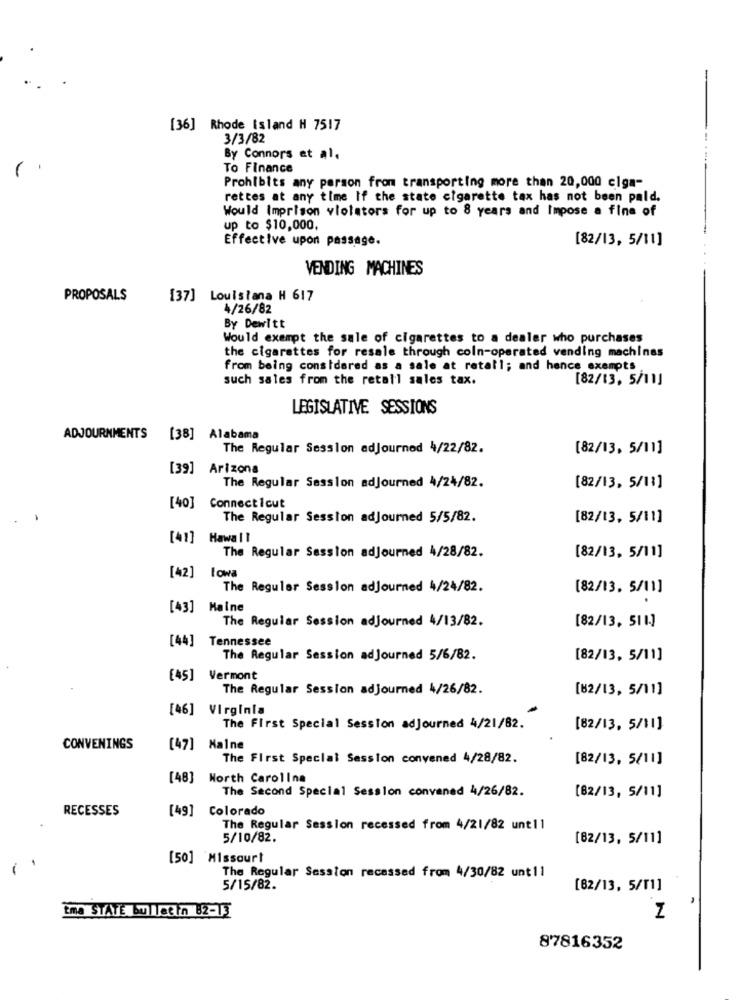
-
[36] Rhode island H 7517
3/3/82
By Connors et al.
To Finance
Prohibits any person from transporting more than 20,000 elga-
rettes at any time If the state cigarette tax has not been pald.
Would Imprison violators for up to 8 years and Impose a fine of
up to $10,000.
Effective upon passage.
[82/13, 5/11]
VENDING MACHINES
PROPOSALS
[37] Louisiana H 617
4/26/82
By Dewitt
Would exempt the sale of cigarettes to a dealer who purchases
the cigarettes for resale through coin-operated vending machines
from being considered as a sale at retall; and hence exempts
such sales from the retail sales tax.
[82/13, 5/11]
LEGISLATIVE SESSIONS
ADJOURNMENTS
[38] Alabama
The Regular Session adjourned 4/22/82.
[82/13, 5/11]
[39] Arizona
The Regular Session adjourned 4/24/82.
[82/13. 5/11]
[40]
Connecticut
The Regular Session adjourned 5/5/82.
[82/13, 5/11]
[41] Hawall
The Regular Session adjourned 4/28/82.
[82/13, 5/11]
[42] towa
The Regular Session adjourned 4/24/82.
[82/13. 5/11]
[43] Maine
The Regular Session adjourned 4/13/82.
[82/13, 511.]
[44] Tennessee
The Regular Session adjourned 5/6/82.
[82/13, 5/11]
[45] Vermont
The Regular Session adjourned 4/26/82.
[82/13, 5/11]
[46] Virginia
The First Special Session adjourned 4/21/82.
[82/13. 5/11]
CONVENINGS
[47] Malne
The First Special Session convened 4/28/82.
[82/13, 5/11]
[48] North Carolina
The Second Special Session convened 4/26/82.
[82/13, 5/11]
RECESSES
[49] Colorado
The Regular Session recessed from 4/21/82 unt11
5/10/82.
[82/13, 5/11]
[50] 'Missourt
The Regular Session recessed from 4/30/82 unt1l
5/15/82.
[82/13, 5/[1]
tma STATE bulletin 82-13
Z
87816352